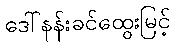
ဒေါ်နန်းခင်ထွေးမြင့်